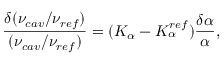
\frac { \delta ( \nu _ { c a v } / \nu _ { r e f } ) } { ( \nu _ { c a v } / \nu _ { r e f } ) } = ( K _ { \alpha } - K _ { \alpha } ^ { r e f } ) \frac { \delta \alpha } { \alpha } ,